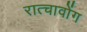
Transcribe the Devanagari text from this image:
रात्चावोंग